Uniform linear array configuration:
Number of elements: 8
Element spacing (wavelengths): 1
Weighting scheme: kaiser
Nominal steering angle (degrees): -15
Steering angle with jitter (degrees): -14.529
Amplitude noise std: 0.05
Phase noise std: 0.05

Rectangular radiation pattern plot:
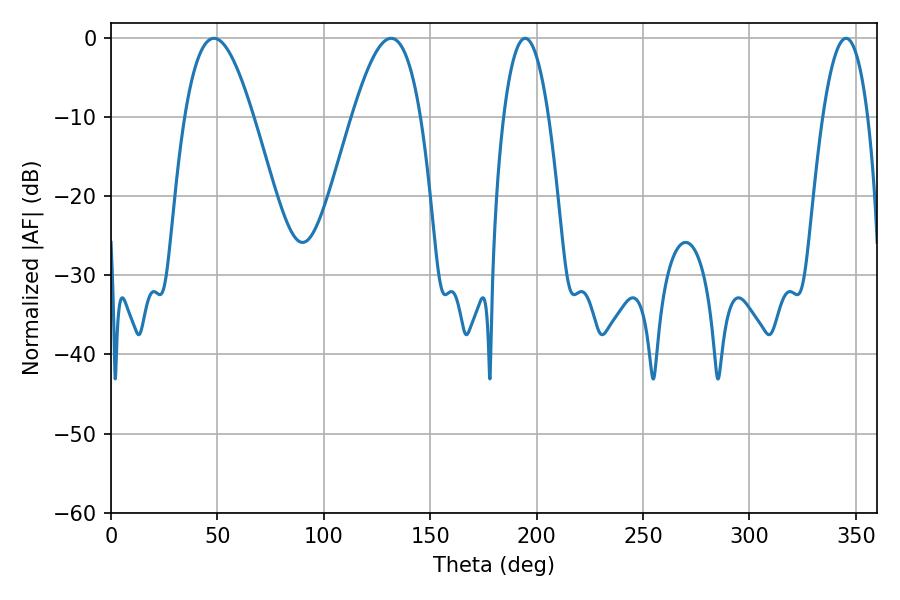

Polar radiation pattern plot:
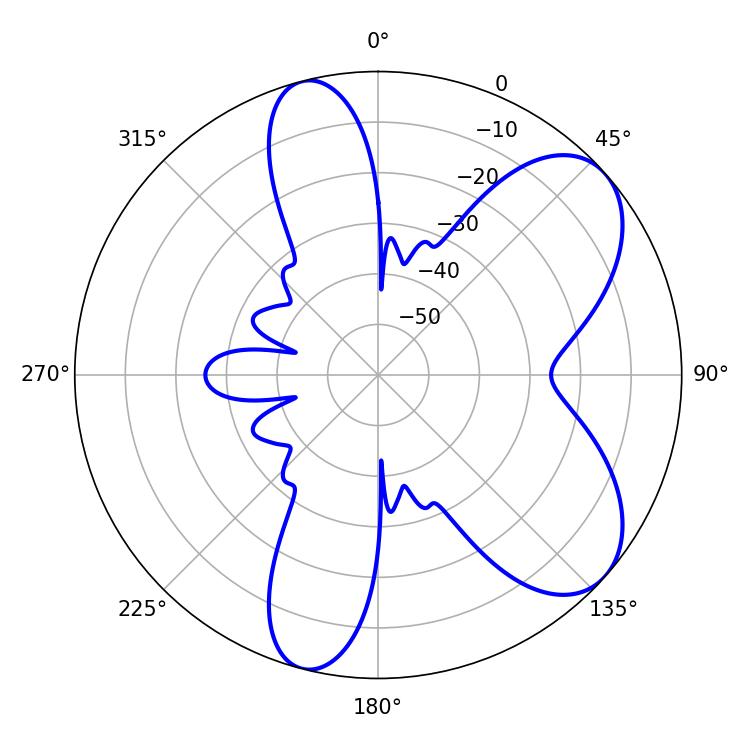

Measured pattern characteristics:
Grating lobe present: TRUE
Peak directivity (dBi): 7.102
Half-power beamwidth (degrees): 17.46
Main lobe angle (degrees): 48.42